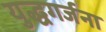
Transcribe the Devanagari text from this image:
युद्धगर्जना